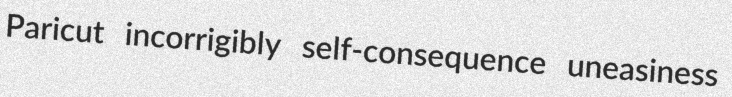
Paricut incorrigibly self-consequence uneasiness